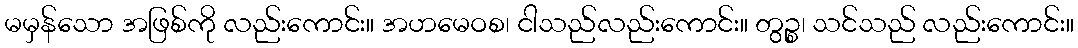
မမှန်သော အဖြစ်ကို လည်းကောင်း။ အဟမေဝစ၊ ငါသည်လည်းကောင်း။ တွဉ္စ၊ သင်သည် လည်းကောင်း။